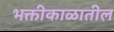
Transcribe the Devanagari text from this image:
भक्तीकाळातील